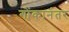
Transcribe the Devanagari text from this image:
गोंकानंतर